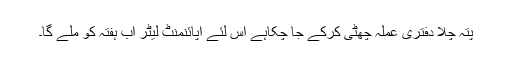
پتہ چلا دفتری عملہ چھٹی کرکے جا چکاہے اس لئے اپائنمنٹ لیٹر اب ہفتہ کو ملے گا۔